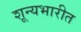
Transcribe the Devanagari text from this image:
शून्यभारीत